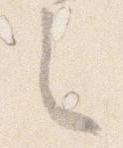
々